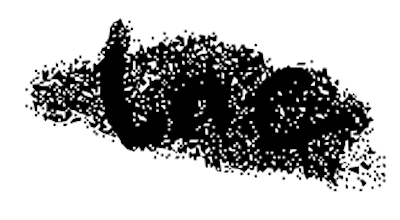
Text: the
Cross-out: scratch
Writing tool: digital_black